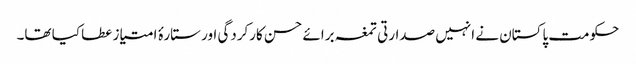
حکومت پاکستان نے انہیں صدارتی تمغہ برائے حسن کارکردگی اور ستارۂ امتیاز عطا کیا تھا۔